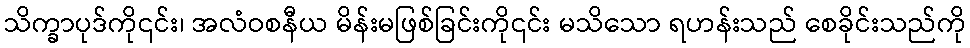
သိက္ခာပုဒ်ကို၎င်း၊ အလံဝစနီယ မိန်းမဖြစ်ခြင်းကို၎င်း မသိသော ရဟန်းသည် စေခိုင်းသည်ကို